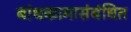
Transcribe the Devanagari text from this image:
बांधकामासंबंधित